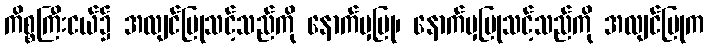
ကိစ္စကြီးငယ်၌ အလျင်ပြုသင့်သည်ကို နောက်မှပြု၊ နောက်မှပြုသင့်သည်ကို အလျင်ပြုက